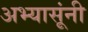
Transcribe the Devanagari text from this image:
अभ्यासूंनी